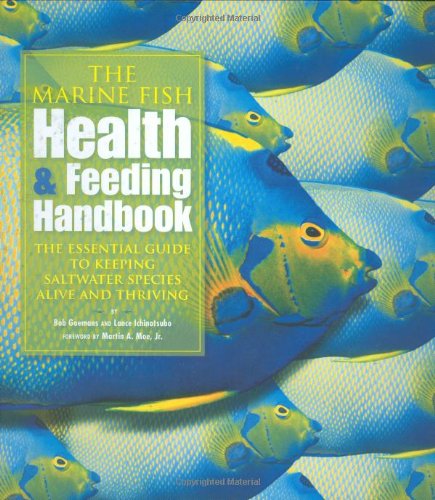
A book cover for The Marine Fish Health & Feeding Handbook: The Essential Guide to Keeping Saltwater Species Alive and Thriving; Bob Goemans; Crafts, Hobbies & Home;